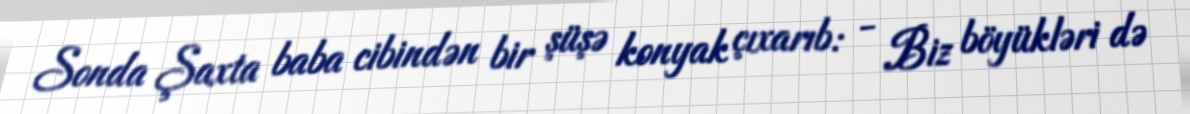
Sonda Şaxta baba cibindən bir şüşə konyak çıxarıb: - Biz böyükləri də